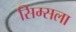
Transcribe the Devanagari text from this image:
सिम्सला